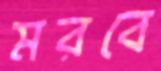
মরবে